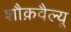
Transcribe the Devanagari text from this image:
शौक़वैल्यू